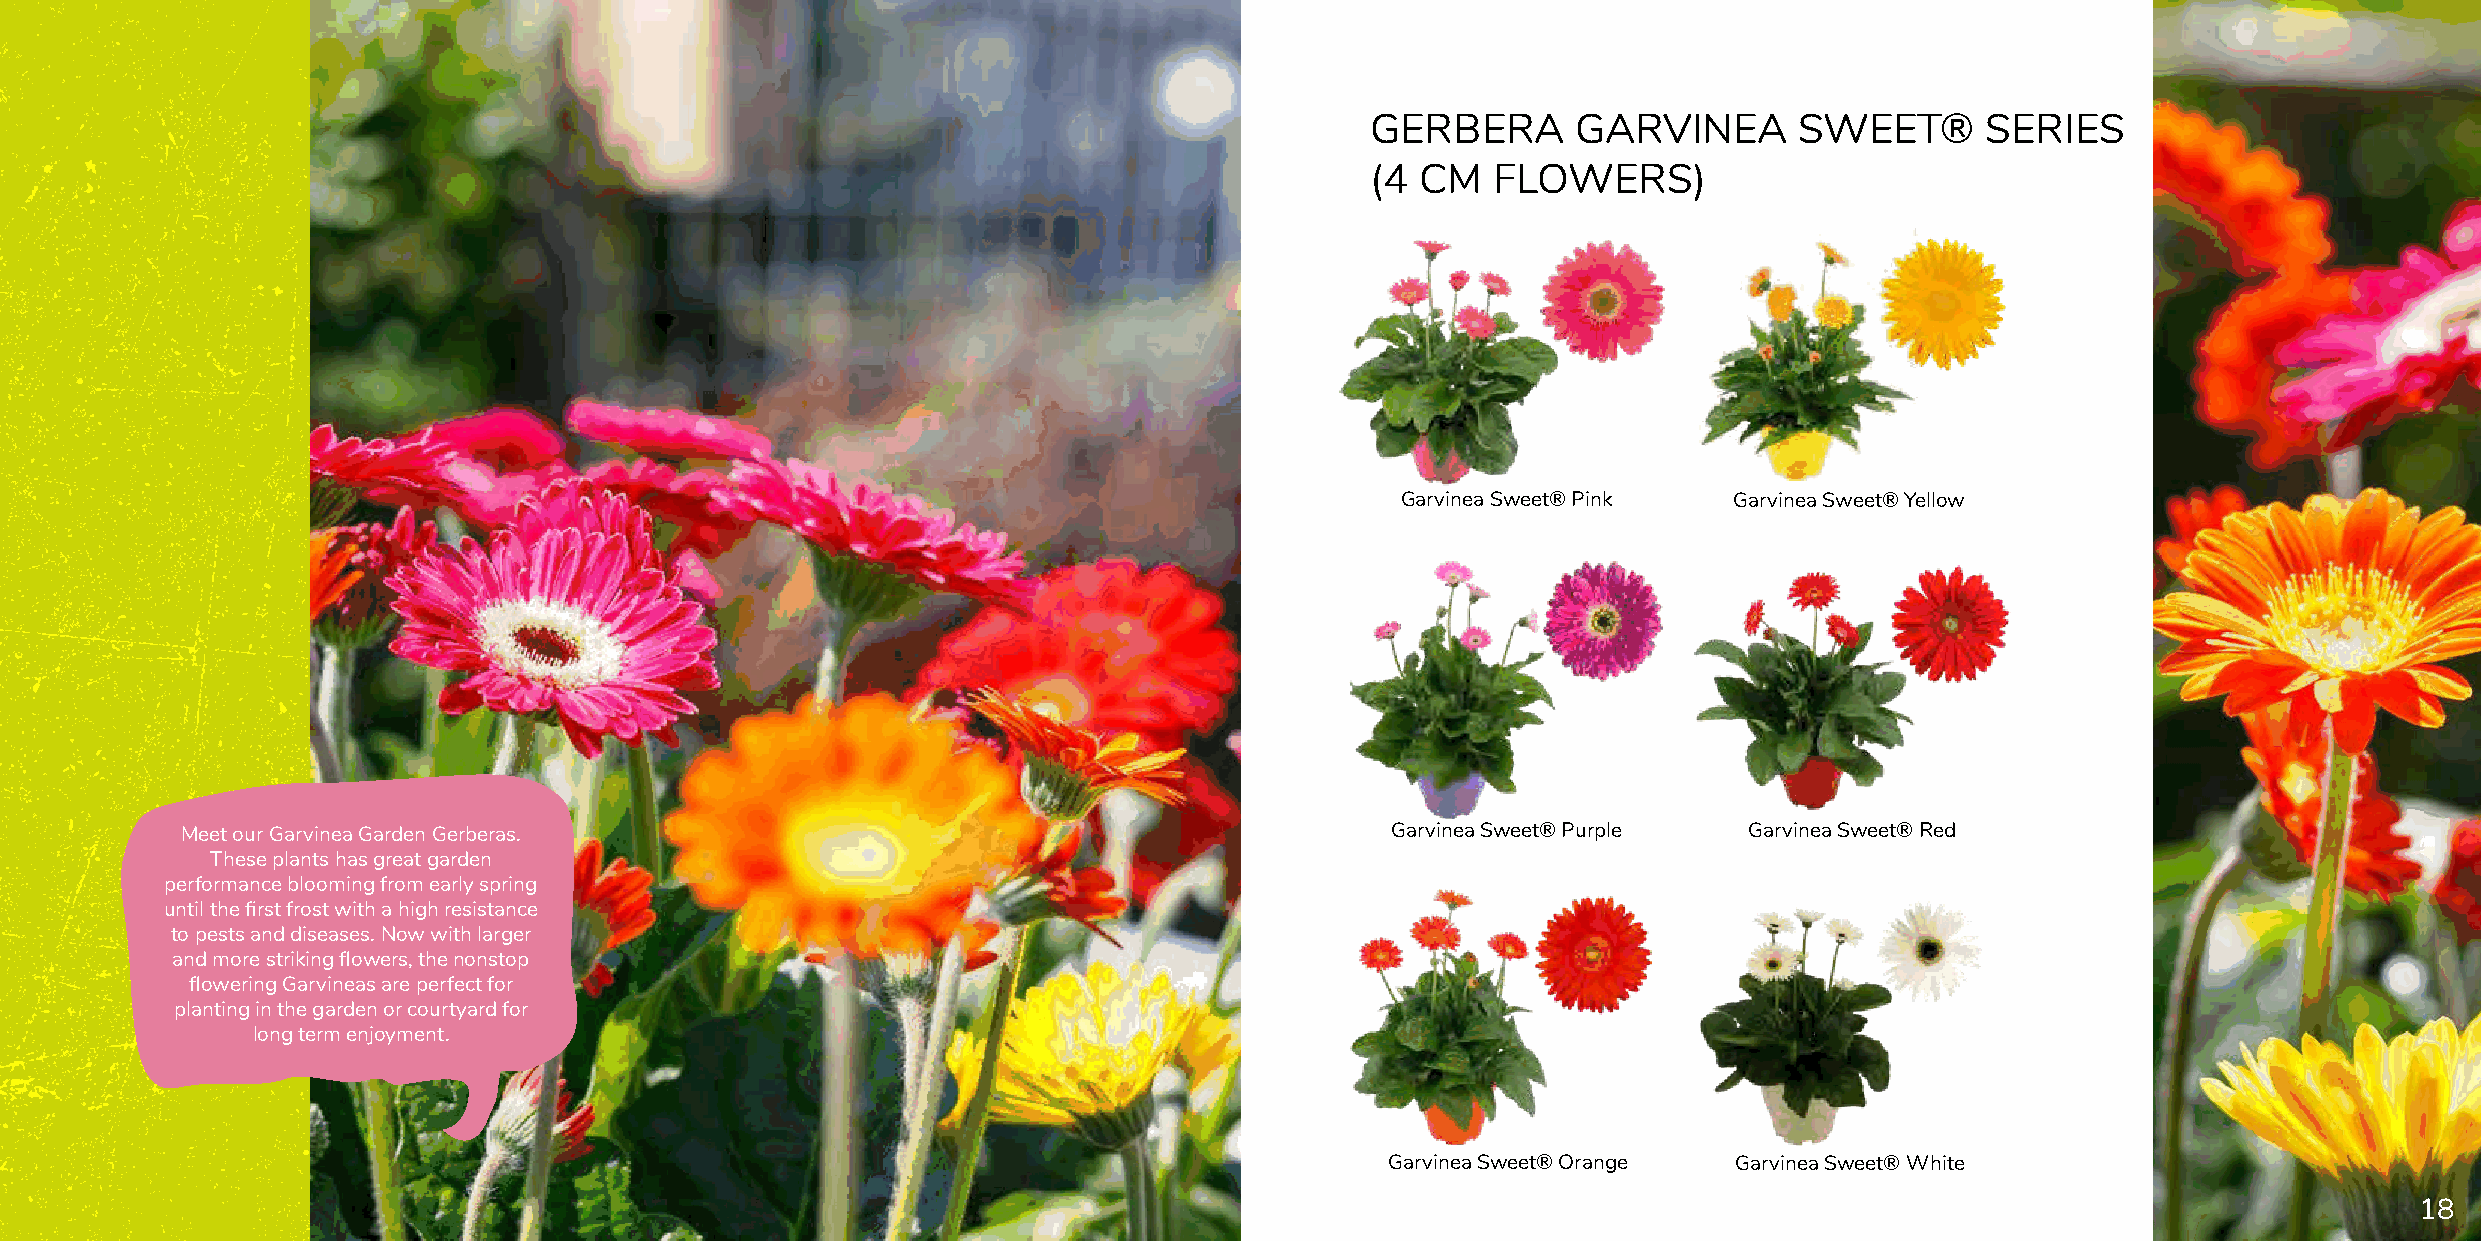
GERBERA      GARVINEA       SWEET®      SERIES
 (4 CM   FLOWERS)
 Garvinea Sweet® Pink  Garvinea Sweet® Yellow
 Meet our Garvinea Garden Gerberas.                                              Garvinea Sweet® Purple  Garvinea Sweet® Red
 These plants has great garden
 performance blooming from early spring
 until the first frost with a high resistance
 to pests and diseases. Now with larger
 and more striking flowers, the nonstop
 flowering Garvineas are perfect for
 planting in the garden or courtyard for
 long term enjoyment.
 Garvinea Sweet® Orange Garvinea Sweet® White
 18